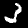
Digit: 3